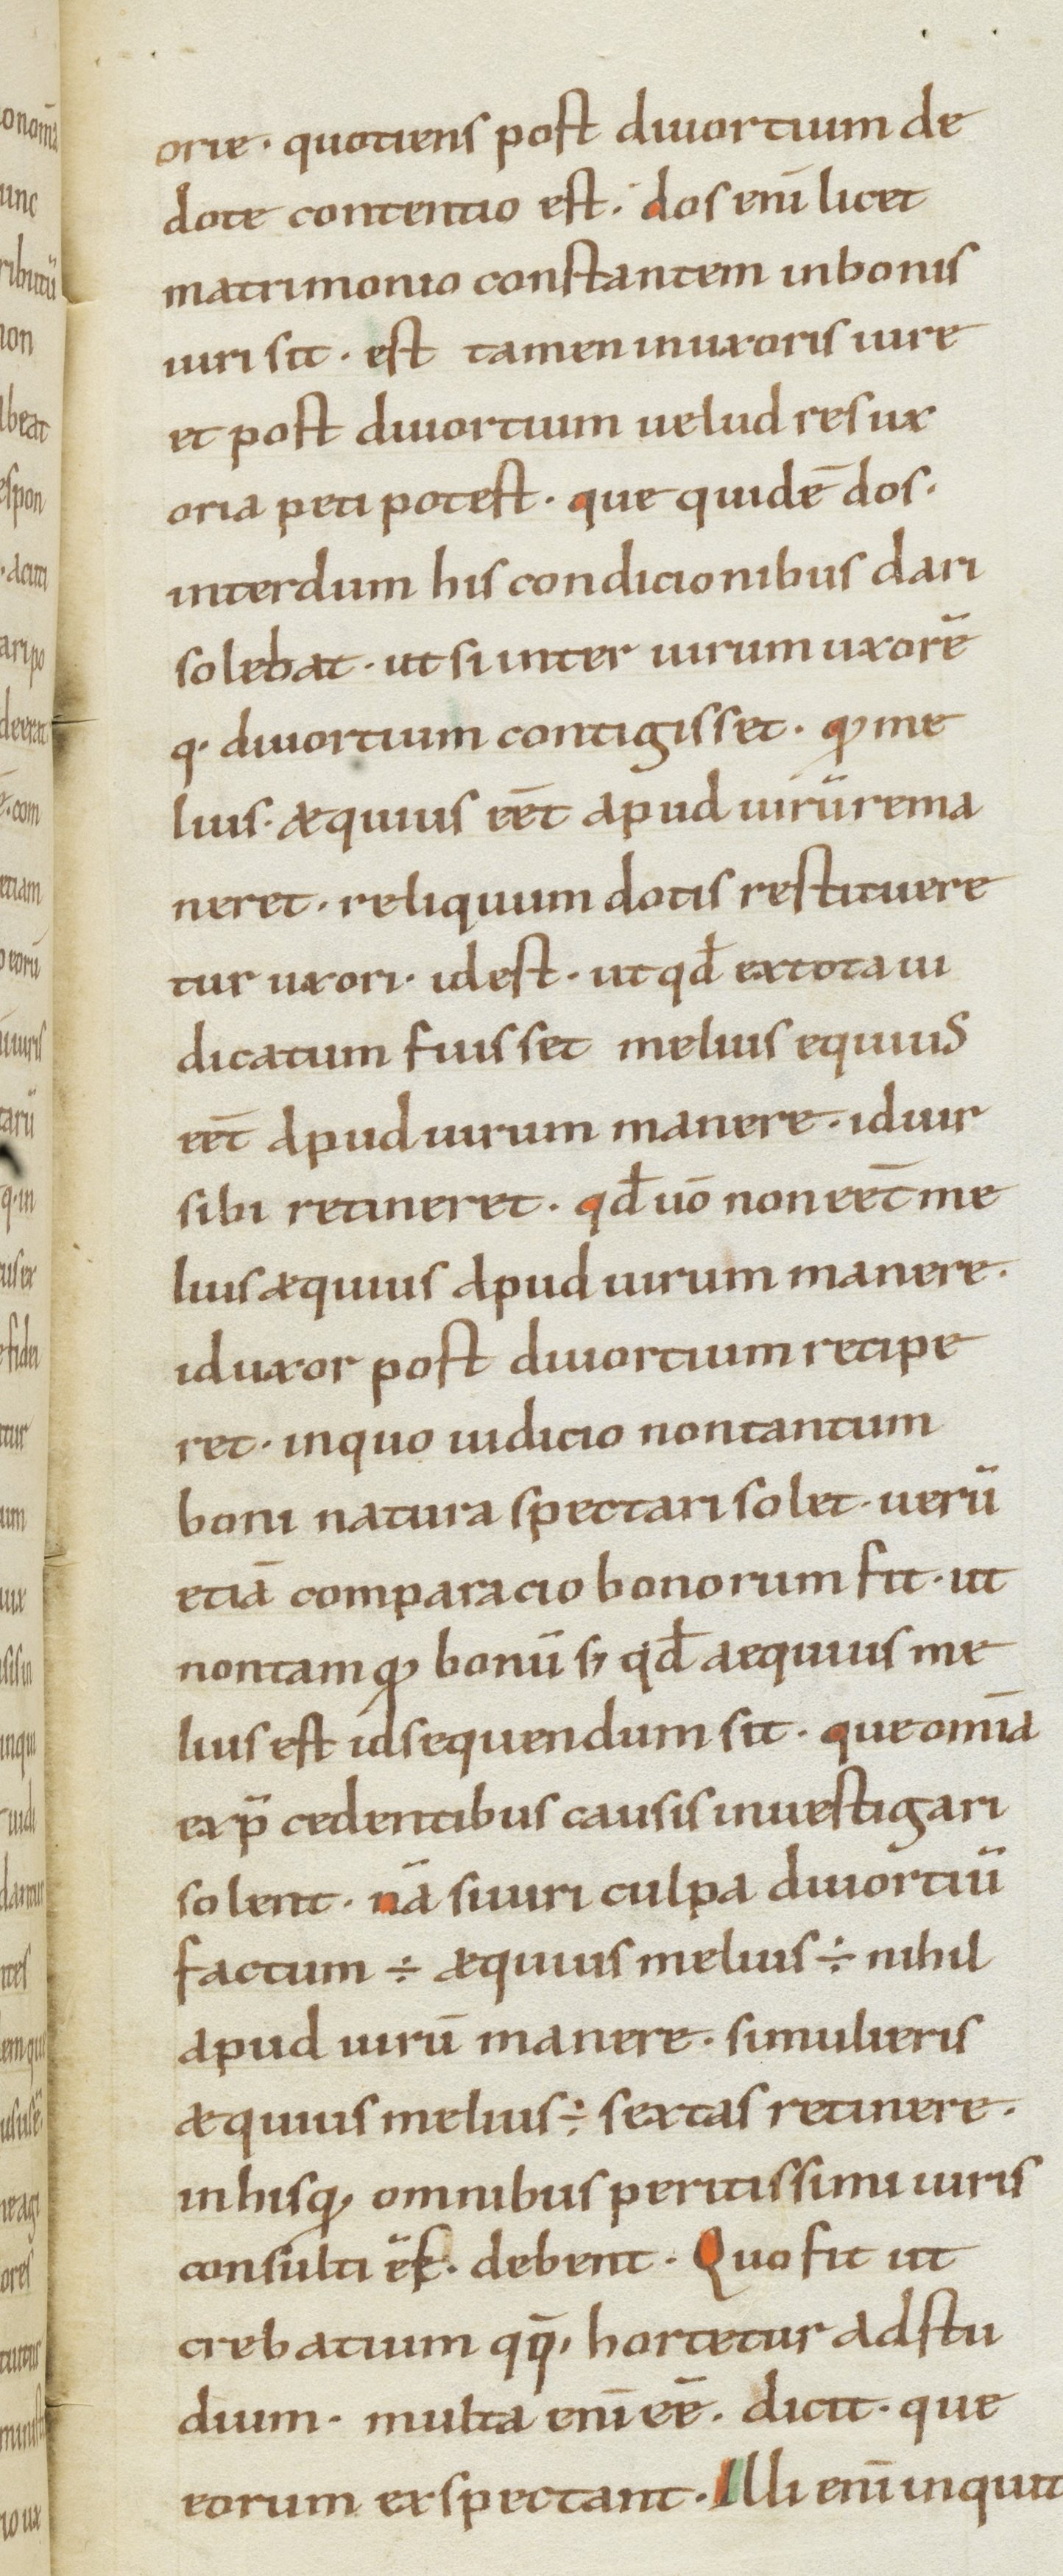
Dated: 1000–1099